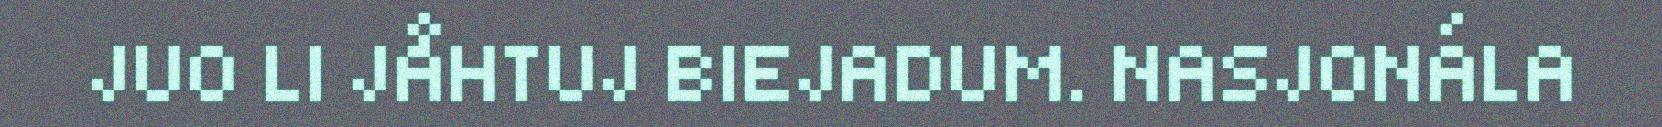
JUO LI JÅHTUJ BIEJADUM. NASJONÁLA